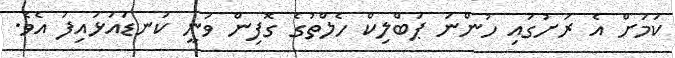
ކަމަށް އެ ރަށުގައި ހުންނަ ޕަބްލިކް ހެލްތުގެ ގޮފިން ވަނީ ކަނޑައަޅައިފަ އެވެ.